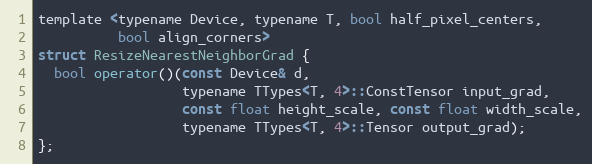
Language: C
template <typename Device, typename T, bool half_pixel_centers,
          bool align_corners>
struct ResizeNearestNeighborGrad {
  bool operator()(const Device& d,
                  typename TTypes<T, 4>::ConstTensor input_grad,
                  const float height_scale, const float width_scale,
                  typename TTypes<T, 4>::Tensor output_grad);
};